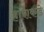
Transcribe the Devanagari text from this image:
हाराकडे